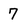
Character: 7